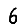
Digit: 6